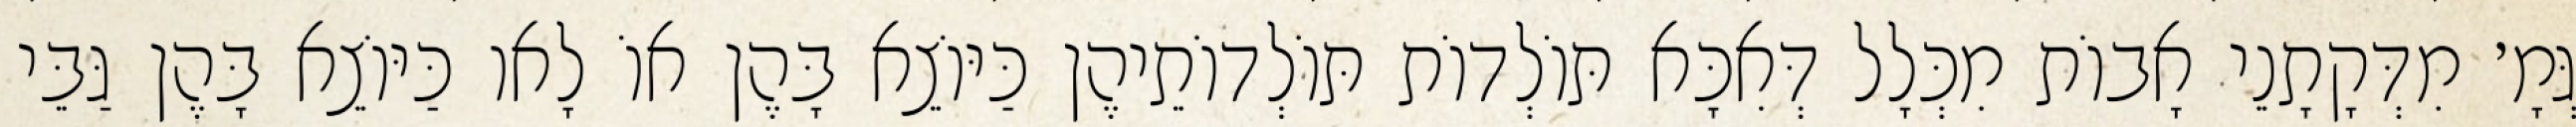
גְּמָ׳ מִדְּקָתָנֵי אָבוֹת מִכְּלָל דְּאִכָּא תּוֹלְדוֹת תּוֹלְדוֹתֵיהֶן כַּיּוֹצֵא בָּהֶן אוֹ לָאו כַּיּוֹצֵא בָּהֶן גַּבֵּי